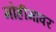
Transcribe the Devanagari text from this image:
मोहीमांवर